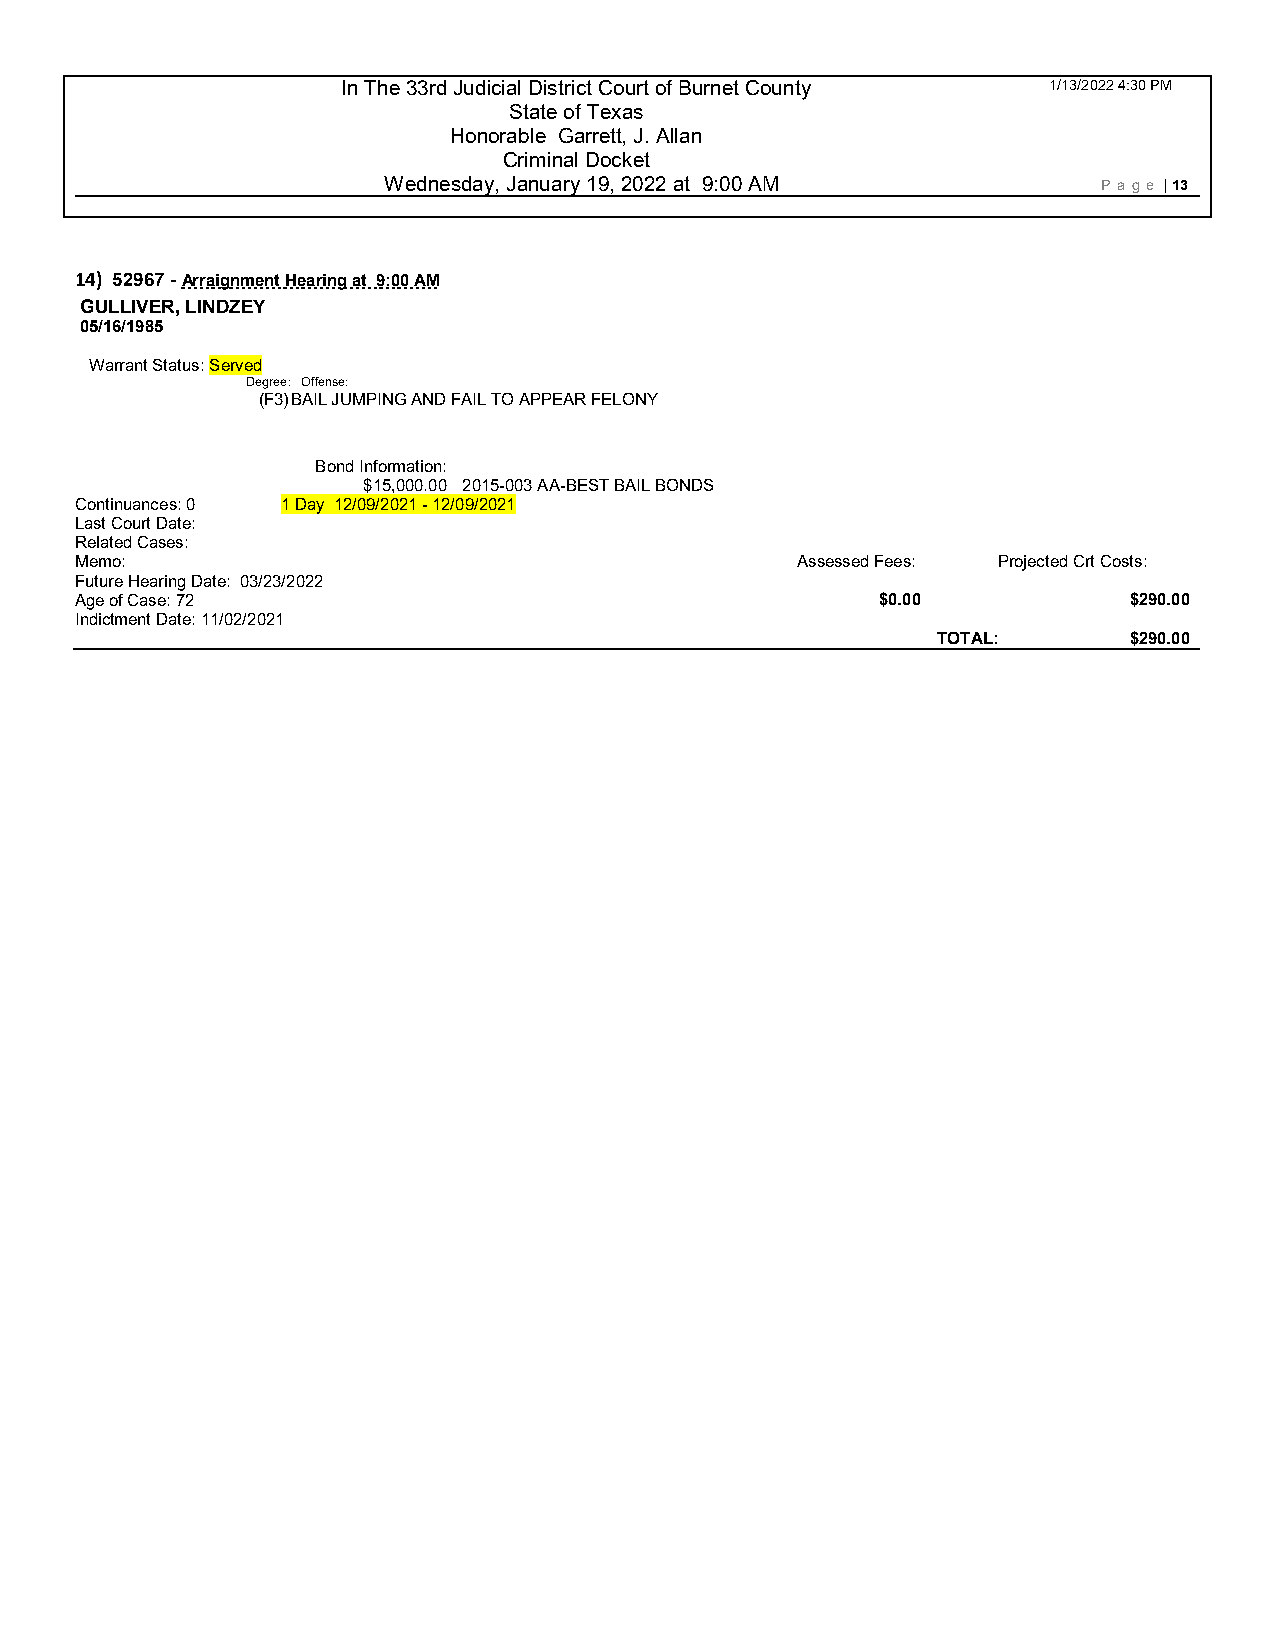
In The 33rd Judicial District Court of Burnet County 1/13/2022 4:30 PM
 State of Texas
 Honorable Garrett, J. Allan
 Criminal Docket
 Wednesday, January 19, 2022 at 9:00 AM          P age | 13
 14) 52967 - Arraignment Hearing at 9:00 AM
 GULLIVER, LINDZEY
 05/16/1985
 Warrant Status: Served
 Degree: Offense:
 (F3) BAIL JUMPING AND FAIL TO APPEAR FELONY
 Bond Information:
 $15,000.00 2015-003 AA-BEST BAIL BONDS
 Continuances: 0 1 Day 12/09/2021 - 12 /09/2021
 Last Court Date:
 Related Cases:
 Memo:                                           Assessed Fees: Projected Crt Costs:
 Future Hearing Date: 03/23/2022
 Age of Case: 72                                      $0.00            $290.00
 Indictment Date: 11/02/2021
 TOTAL:       $290.00